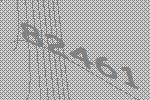
82461